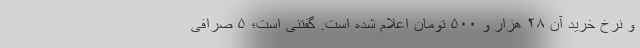
و نرخ خرید آن ۲۸ هزار و ۵۰۰ تومان اعلام شده است. گفتنی است؛ ۵ صرافی